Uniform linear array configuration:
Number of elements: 32
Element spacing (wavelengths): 0.75
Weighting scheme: hann
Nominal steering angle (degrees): -60
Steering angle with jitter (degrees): -61.824
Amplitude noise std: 0.05
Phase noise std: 0.05

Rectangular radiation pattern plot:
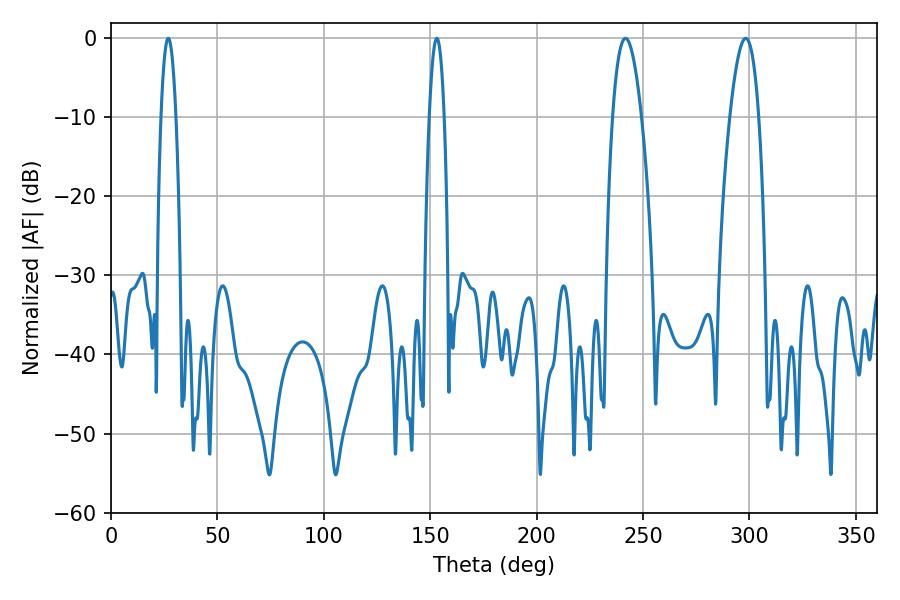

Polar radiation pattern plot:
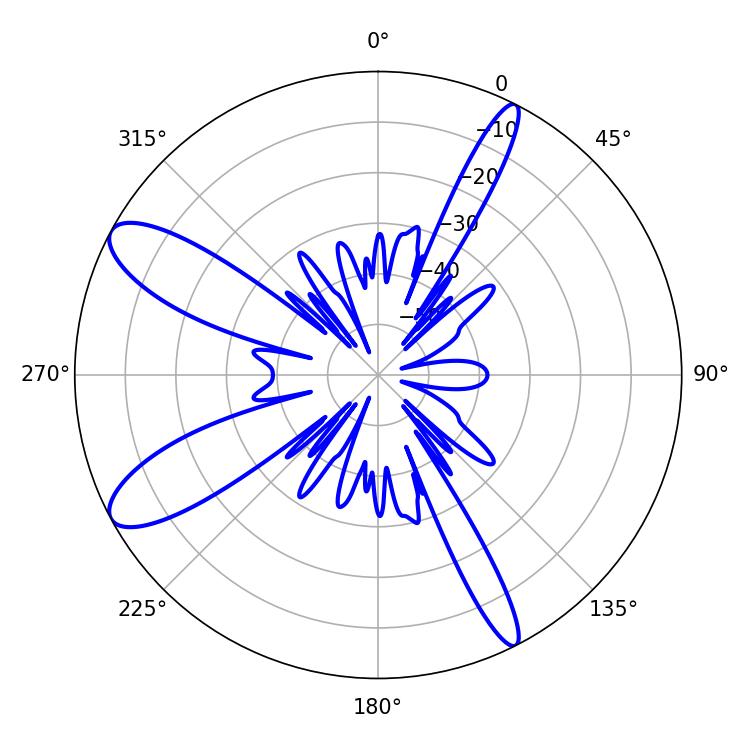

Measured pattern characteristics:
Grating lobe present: TRUE
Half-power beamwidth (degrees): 7.38
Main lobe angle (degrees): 298.26